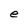
Character: e